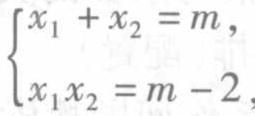
$\begin{cases}
x_{1}+x_{2}=m,\\
x_{1}x_{2}=m - 2,
\end{cases}$